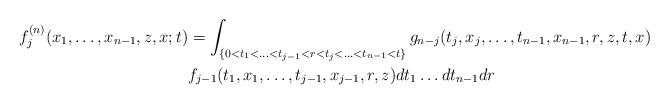
LaTeX: \begin{align*}f_j^{(n)}(x_1,\ldots,x_{n-1},z,x;t)& =\int_{\{0<t_1<\ldots<t_{j-1}<r<t_j<\ldots<t_{n-1}<t\}}g_{n-j}(t_j,x_j,\ldots,t_{n-1},x_{n-1},r,z,t,x) \\& f_{j-1}(t_1,x_1,\ldots,t_{j-1},x_{j-1},r,z)dt_1 \ldots dt_{n-1}dr\end{align*}